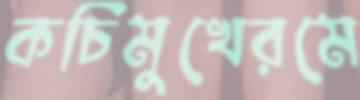
কচিমুখেরমে